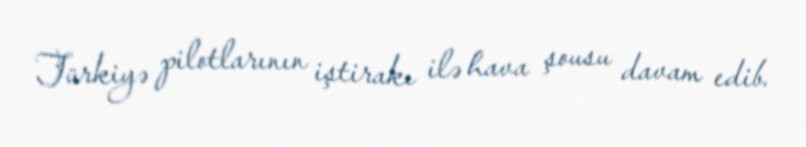
Türkiyə pilotlarının iştirakı ilə hava şousu davam edib.